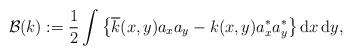
LaTeX: \begin{align*}\mathcal{B}(k):=\frac{1}{2}\int \big\{\overline{k}(x,y)a_x a_y-k(x,y)a_x^{\ast} a_y^{\ast}\big \}\,\mathrm{d}x\,\mathrm{d}y,\end{align*}